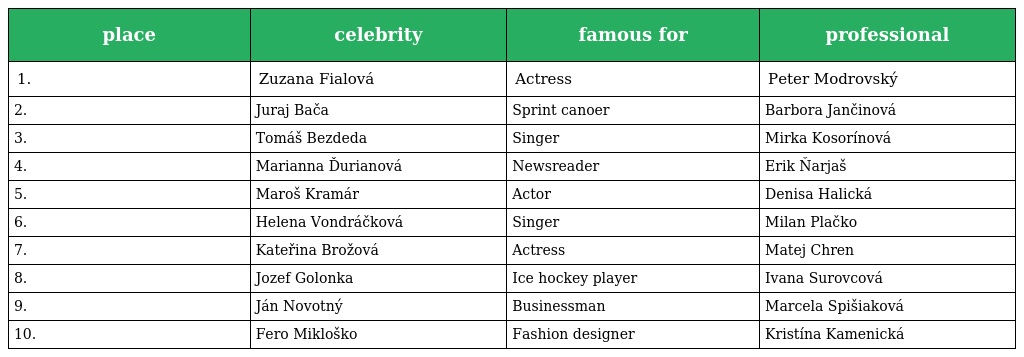
| place | celebrity | famous for | professional |
 | --- | --- | --- | --- |
 | 1. | Zuzana Fialová | Actress | Peter Modrovský |
 | 2. | Juraj Bača | Sprint canoer | Barbora Jančinová |
 | 3. | Tomáš Bezdeda | Singer | Mirka Kosorínová |
 | 4. | Marianna Ďurianová | Newsreader | Erik Ňarjaš |
 | 5. | Maroš Kramár | Actor | Denisa Halická |
 | 6. | Helena Vondráčková | Singer | Milan Plačko |
 | 7. | Kateřina Brožová | Actress | Matej Chren |
 | 8. | Jozef Golonka | Ice hockey player | Ivana Surovcová |
 | 9. | Ján Novotný | Businessman | Marcela Spišiaková |
 | 10. | Fero Mikloško | Fashion designer | Kristína Kamenická |